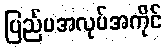
ပြည်ပအလုပ်အကိုင်